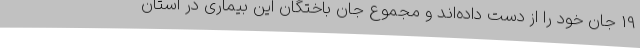
19 جان خود را از دست داده‌اند و مجموع جان باختگان این بیماری در استان